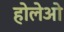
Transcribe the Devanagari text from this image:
होलेओ